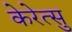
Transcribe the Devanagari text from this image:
केरेत्सु